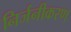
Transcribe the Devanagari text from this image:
निर्जनीकरण